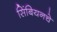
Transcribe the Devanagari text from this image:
सिंबियनचे